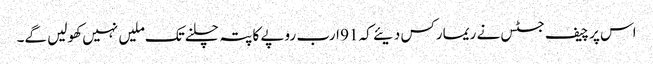
اس پر چیف جسٹس نے ریمارکس دیئے کہ 91 ارب روپے کا پتہ چلنےتک ملیں نہیں کھولیں گے۔